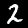
Digit: 2